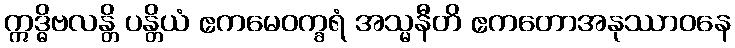
ဣဒ္ဓိဗလန္တိ ပန္တိယံ ဧကမေဝက္ခရံ အသ္မနီတိ ဧကတောအနုဿာဝနေ